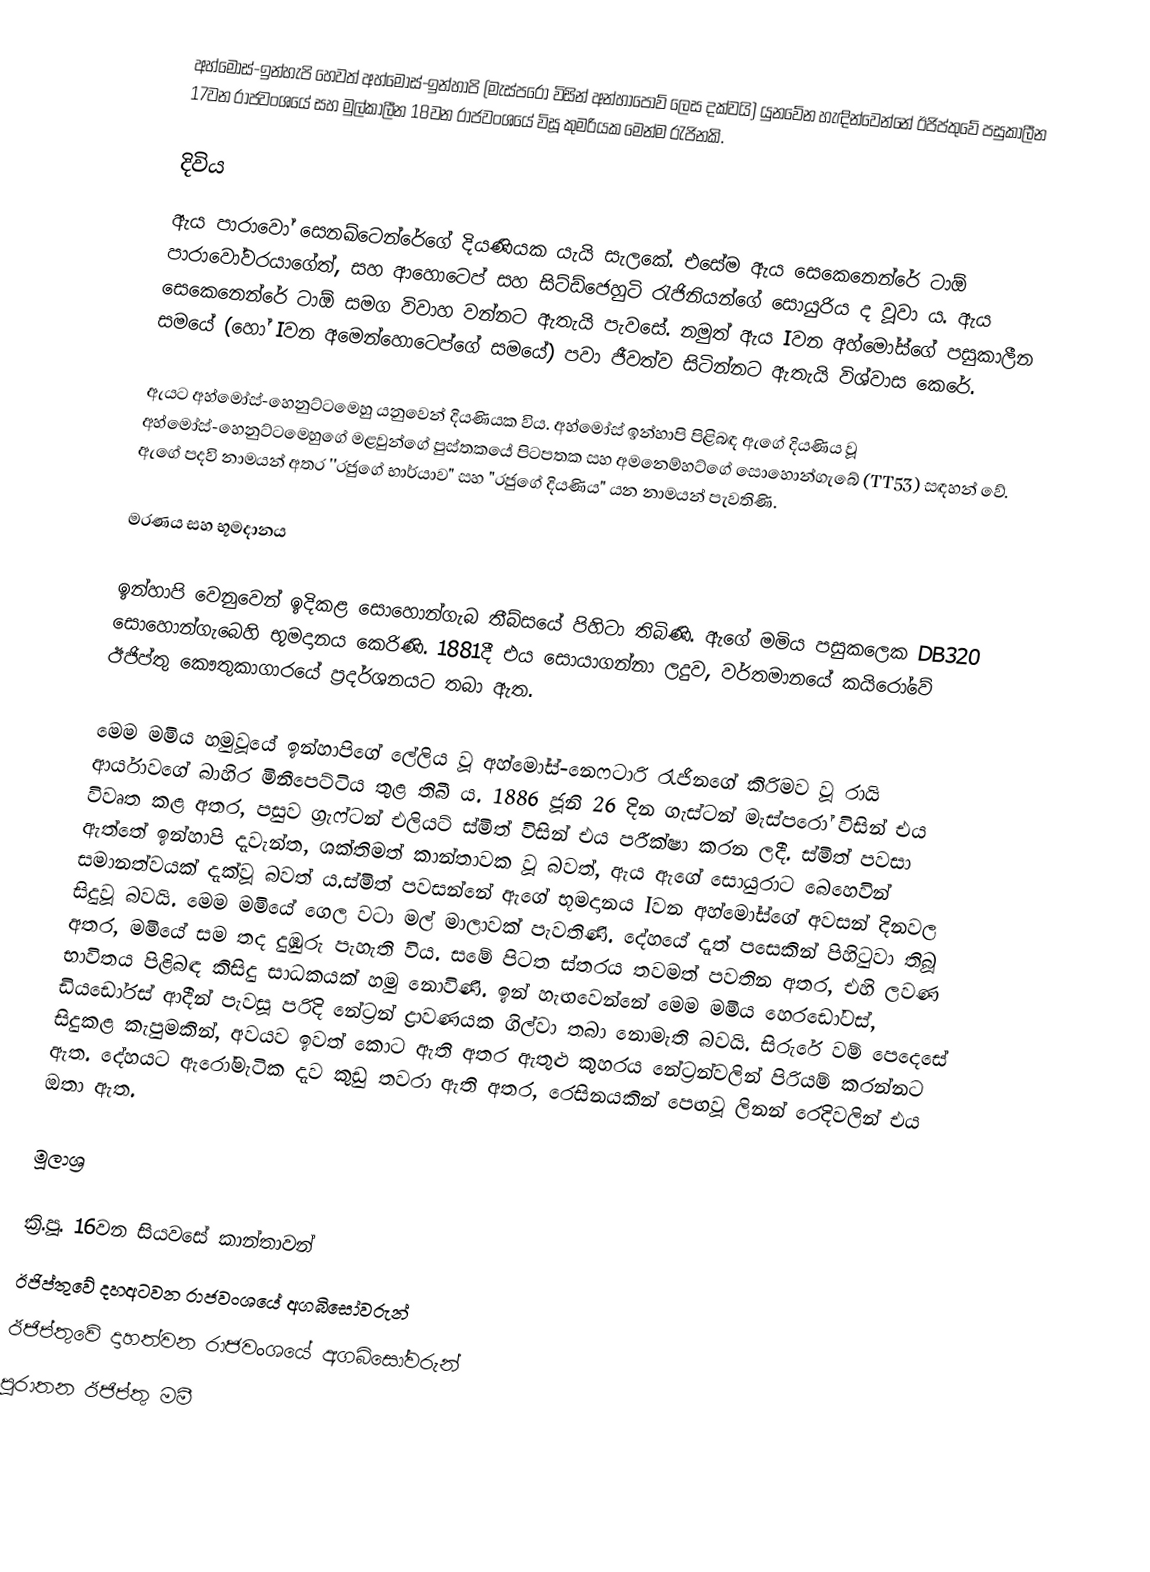
අහ්මෝස්-ඉන්හැපි හෙවත් අහ්මෝස්-ඉන්හාපි (මැස්පරෝ විසින් අන්හාපෝව් ලෙස දක්වයි) යුනවේන හැඳින්වෙන්නේ ඊජිප්තුවේ පසුකාලීන 17වන රාජවංශයේ සහ මුල්කාලීන 18වන රාජවංශයේ විසූ කුමරියක මෙන්ම රැජිනකි.

දිවිය
ඇය පාරාවෝ සෙනඛ්ටෙන්රේගේ දියණියක යැයි සැලකේ. එසේම ඇය සෙකෙනෙන්රේ ටාඕ පාරාවෝවරයාගේත්, සහ ආහොටෙප් සහ සිට්ඩ්ජෙහුටි රැජිනියන්ගේ සොයුරිය ද වූවා ය. ඇය සෙකෙනෙන්රේ ටාඕ සමග විවාහ වන්නට ඇතැයි පැවසේ. නමුත් ඇය Iවන අහ්මෝස්ගේ පසුකාලීන සමයේ (හෝ Iවන අමෙන්හොටෙප්ගේ සමයේ) පවා ජීවත්ව සිටින්නට ඇතැයි විශ්වාස කෙරේ.

ඇයට අහ්මෝස්-හෙනුට්ටමෙහු යනුවෙන් දියණියක විය. අහ්මෝස් ඉන්හාපි පිළිබඳ ඇගේ දියණිය වූ අහ්මෝස්-හෙනුට්ටමෙහුගේ මළවුන්ගේ පුස්තකයේ පිටපතක සහ අමනෙම්හට්ගේ සොහොන්ගැබේ (TT53) සඳහන් වේ. ඇගේ පදවි නාමයන් අතර ''රජුගේ භාර්යාව" සහ "රජුගේ දියණිය" යන නාමයන් පැවතිණි.

මරණය සහ භූමදානය

ඉන්හාපි වෙනුවෙන් ඉදිකළ සොහොන්ගැබ තීබ්සයේ පිහිටා තිබිණි. ඇගේ මමිය පසුකලෙක DB320 සොහොන්ගැබෙහි භූමදානය කෙරිණි. 1881දී එය සොයාගන්නා ලදුව, වර්තමානයේ කයිරෝවේ ඊජිප්තු කෞතුකාගාරයේ ප්‍රදර්ශනයට තබා ඇත.

මෙම මමිය හමුවූයේ ඉන්හාපිගේ ලේලිය වූ අහ්මෝස්-නෙෆටාරි රැජිනගේ කිරිමව වූ රායි ආර්යාවගේ බාහිර මිනීපෙට්ටිය තුළ තිබී ය. 1886 ජූනි 26 දින ගැස්ටන් මැස්පරෝ විසින් එය විවෘත කළ අතර, පසුව ග්‍රැෆ්ටන් එලියට් ස්මිත් විසින් එය පරීක්ෂා කරන ලදී. ස්මිත් පවසා ඇත්තේ ඉන්හාපි දැවැන්ත, ශක්තිමත් කාන්තාවක වූ බවත්, ඇය ඇගේ සොයුරාට බෙහෙවින් සමානත්වයක් දැක්වූ බවත් ය.ස්මිත් පවසන්නේ ඇගේ භූමදානය Iවන අහ්මෝස්ගේ අවසන් දිනවල සිදුවූ බවයි. මෙම මමියේ ගෙල වටා මල් මාලාවක් පැවතිණි. දේහයේ දෑත් පසෙකින් පිහිටුවා තිබූ අතර, මමියේ සම තද දුඹුරු පැහැති විය. සමේ පිටත ස්තරය තවමත් පවතින අතර, එහි ලවණ භාවිතය පිළිබඳ කිසිදු සාධකයක් හමු නොවිණි. ඉන් හැඟවෙන්නේ මෙම මමිය හෙරඩෝටස්, ඩියඩෝරස් ආදීන් පැවසූ පරිදි නේට්‍රන් ද්‍රාවණයක ගිල්වා තබා නොමැති බවයි. සිරුරේ වම් පෙදෙසේ සිදුකළ කැපුමකින්, අවයව ඉවත් කොට ඇති අතර ඇතුළු කුහරය නේට්‍රන්වලින් පිරියම් කරන්නට ඇත. දේහයට ඇරෝමැටික දැව කුඩු තවරා ඇති අතර, රෙසිනයකින් පෙඟවූ ලිනන් රෙදිවලින් එය ඔතා ඇත.

මූලාශ්‍ර

ක්‍රි.පූ. 16වන සියවසේ කාන්තාවන්
ඊජිප්තුවේ දහඅටවන රාජවංශයේ අගබිසෝවරුන්
ඊජිප්තුවේ දාහත්වන රාජවංශයේ අගබිසෝවරුන්
පුරාතන ඊජිප්තු මමී